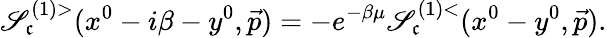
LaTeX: \mathscr{S}_{\mathfrak{c}}^{(1)>}(x^{0}-i\beta-y^{0},\vec{{p}})=-e^{-\beta\mu}\mathscr{S}_{\mathfrak{c}}^{(1)<}(x^{0}-y^{0},\vec{{p}}).